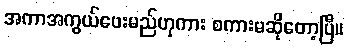
အကာအကွယ်ပေးမည်ဟုကား စကားမဆိုတော့ပြီ။